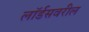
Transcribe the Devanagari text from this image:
लॉर्डसवरील